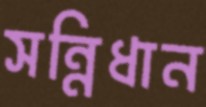
সন্নিধান